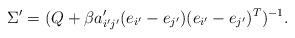
\begin{align*}\Sigma'=(Q+\beta a_{i'j'}'(e_{i'}-e_{j'})(e_{i'}-e_{j'})^{T})^{-1}.\end{align*}